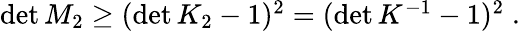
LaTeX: \begin{array}{r}{\operatorname*{det}M_{2}\geq(\operatorname*{det}K_{2}-1)^{2}=(\operatorname*{det}K^{-1}-1)^{2}\; .}\end{array}